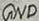
Text: GND